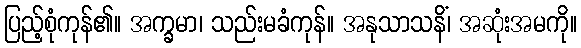
ပြည့်စုံကုန်၏။ အက္ခမာ၊ သည်းမခံကုန်။ အနုသာသနိံ၊ အဆုံးအမကို။